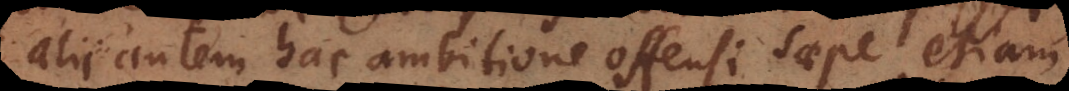
alii autem hac ambitione offensi saepe etiam